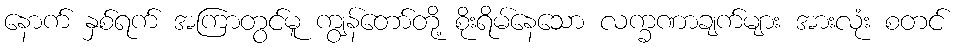
နောက် နှစ်ရက် အကြာတွင်မူ ကျွန်တော်တို့ စိုးရိမ်နေသော လက္ခဏာချက်များ အားလုံး စတင်